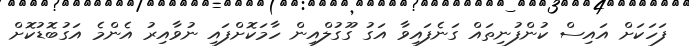
ފަހަކަށް އައިސް ކުންފުނިތައް ގަނެފައިވާ އަގު ގޫގުލްއިން ހާމަކޮށްފައި ނުވާއިރު އެންމެ އަގުބޮޑުކޮށް